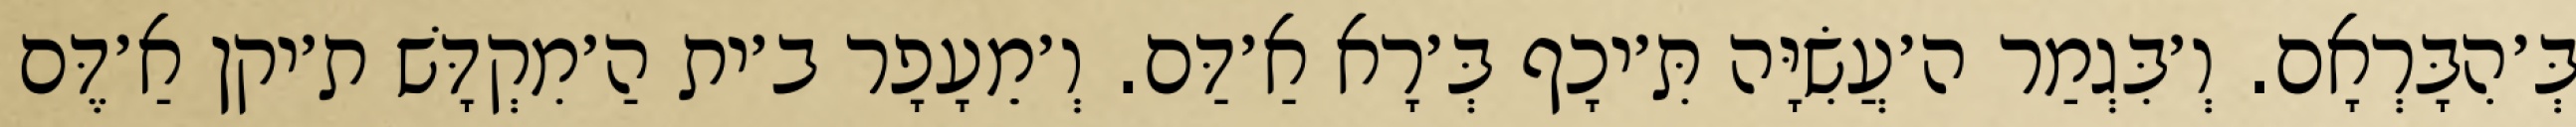
בְּ׳הִבָּרְאָם. וְ׳בִּגְמַר ה׳עֲשִׂיָּה תִּ׳יכָף בְּ׳רָא אַ׳דַּם. וְ׳מֵעָפָר ב׳ית הַ׳מִקְדָּשׁ ת׳יקן אַ׳דֶּם